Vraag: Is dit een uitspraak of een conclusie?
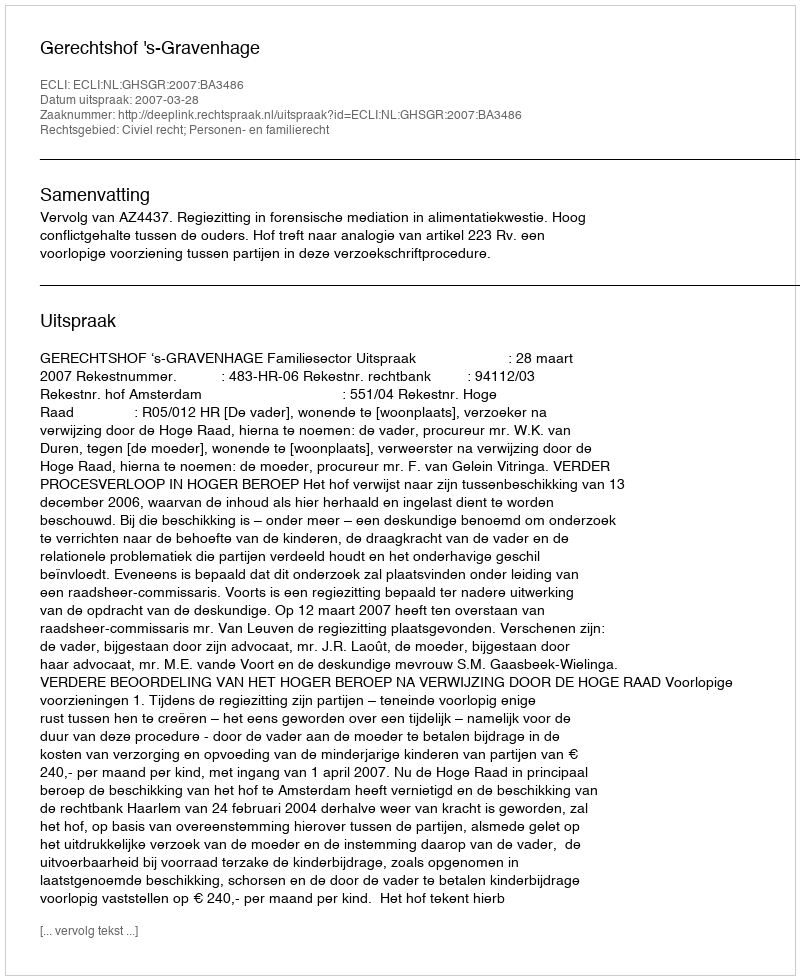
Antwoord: Uitspraak